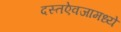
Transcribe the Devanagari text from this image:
दस्तऐवजामध्ये